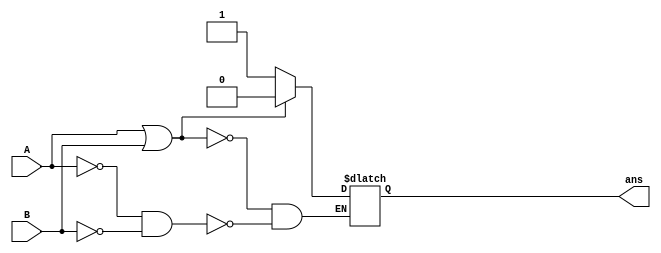
module NOR(
input  A,
input  B,
output reg ans
);
    always @(*)begin
    //pmos
        #4    
       if (((~A)&&(~B))==1)begin
        ans=1;
       end
    //nmos   
       #6
       if (((A)||(B))==1)begin
        ans=0;
       end
    end   
endmodule